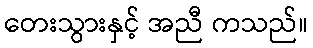
တေးသွားနှင့် အညီ ကသည်။